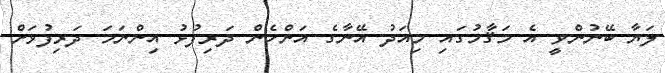
ލަޔާ ބޭނުންވީ އެ މަޤާމުގައި މިއަދު އޭނާގެ އަންހެން ދަރިފުޅު އިންނަމަ ދަރިފުޅަށް